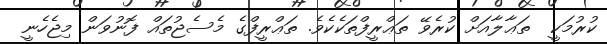
ކުރުމަކީ  ތަޢާލާއަށް ކުރެވޭ ތަޢްރީފްތަކެކެވެ. ތަޢްރީފްގެ މެސެޖުތައް ފޮނުވަން މިޖެހެނީ